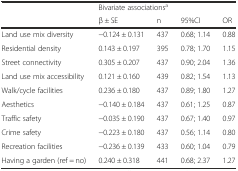
|  | <COLSPAN=4> Bivariate associationsa |
 |  | β ± SE | n | 95%CI | OR |
 | --- | --- | --- | --- | --- |
 | Land use mix diversity | −0.124 ± 0.131 | 437 | 0.68; 1.14 | 0.88 |
 | Residential density | 0.143 ± 0.197 | 395 | 0.78; 1.70 | 1.15 |
 | Street connectivity | 0.305 ± 0.207 | 437 | 0.90; 2.04 | 1.36 |
 | Land use mix accessibility | 0.121 ± 0.160 | 439 | 0.82; 1.54 | 1.13 |
 | Walk/cycle facilities | 0.236 ± 0.180 | 437 | 0.89; 1.80 | 1.27 |
 | Aesthetics | −0.140 ± 0.184 | 437 | 0.61; 1.25 | 0.87 |
 | Traffic safety | −0.035 ± 0.190 | 437 | 0.67; 1.40 | 0.97 |
 | Crime safety | −0.223 ± 0.180 | 437 | 0.56; 1.14 | 0.80 |
 | Recreation facilities | −0.236 ± 0.139 | 433 | 0.60; 1.04 | 0.79 |
 | Having a garden (ref = no) | 0.240 ± 0.318 | 441 | 0.68; 2.37 | 1.27 |